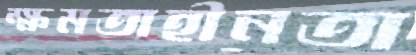
ক্ষমতাহীনতা